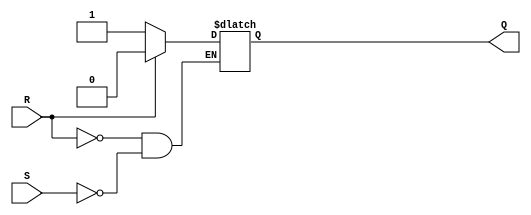
module sr_latch(
    input S, // Set input
    input R, // Reset input
    output reg Q // Output
);

always @(S or R)
begin
    if (R)
        Q <= 0;
    else if (S)
        Q <= 1;
end

endmodule